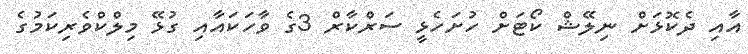
އާއި ދެކޮޅަށް ނިލޭޝް ކޯޓަށް ހުށަހެޅީ ސަރްކާރް 3ގެ ވާހަކައާއި ގުޅޭ މިލްކްވެރިކަމުގެ